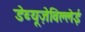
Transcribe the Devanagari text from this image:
डेब्यूज़ेविल्लेई